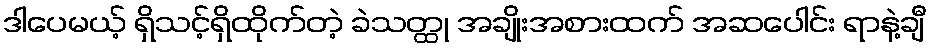
ဒါပေမယ့် ရှိသင့်ရှိထိုက်တဲ့ ခဲသတ္ထု အချိုးအစားထက် အဆပေါင်း ရာနဲ့ချီ